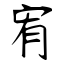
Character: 宥